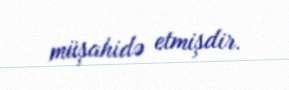
müşahidə etmişdir.